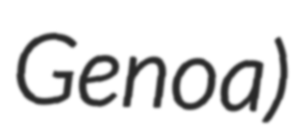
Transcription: Genoa)